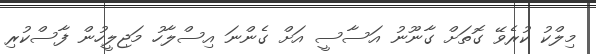
މިލްކު ކުރެވޭ ގޮތަށް ގާނޫނު އަސާސީ އަށް ގެންނަ އިސްލާހު މަޖިލީހުން ފާސްކުރި